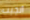
أنجبت